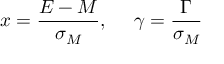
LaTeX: x = \frac { E - M } { \sigma _ { M } } , ~ ~ ~ ~ \gamma = \frac { \Gamma } { \sigma _ { M } }